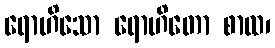
ရောဟိသော ရောဟိတော စာထ၊